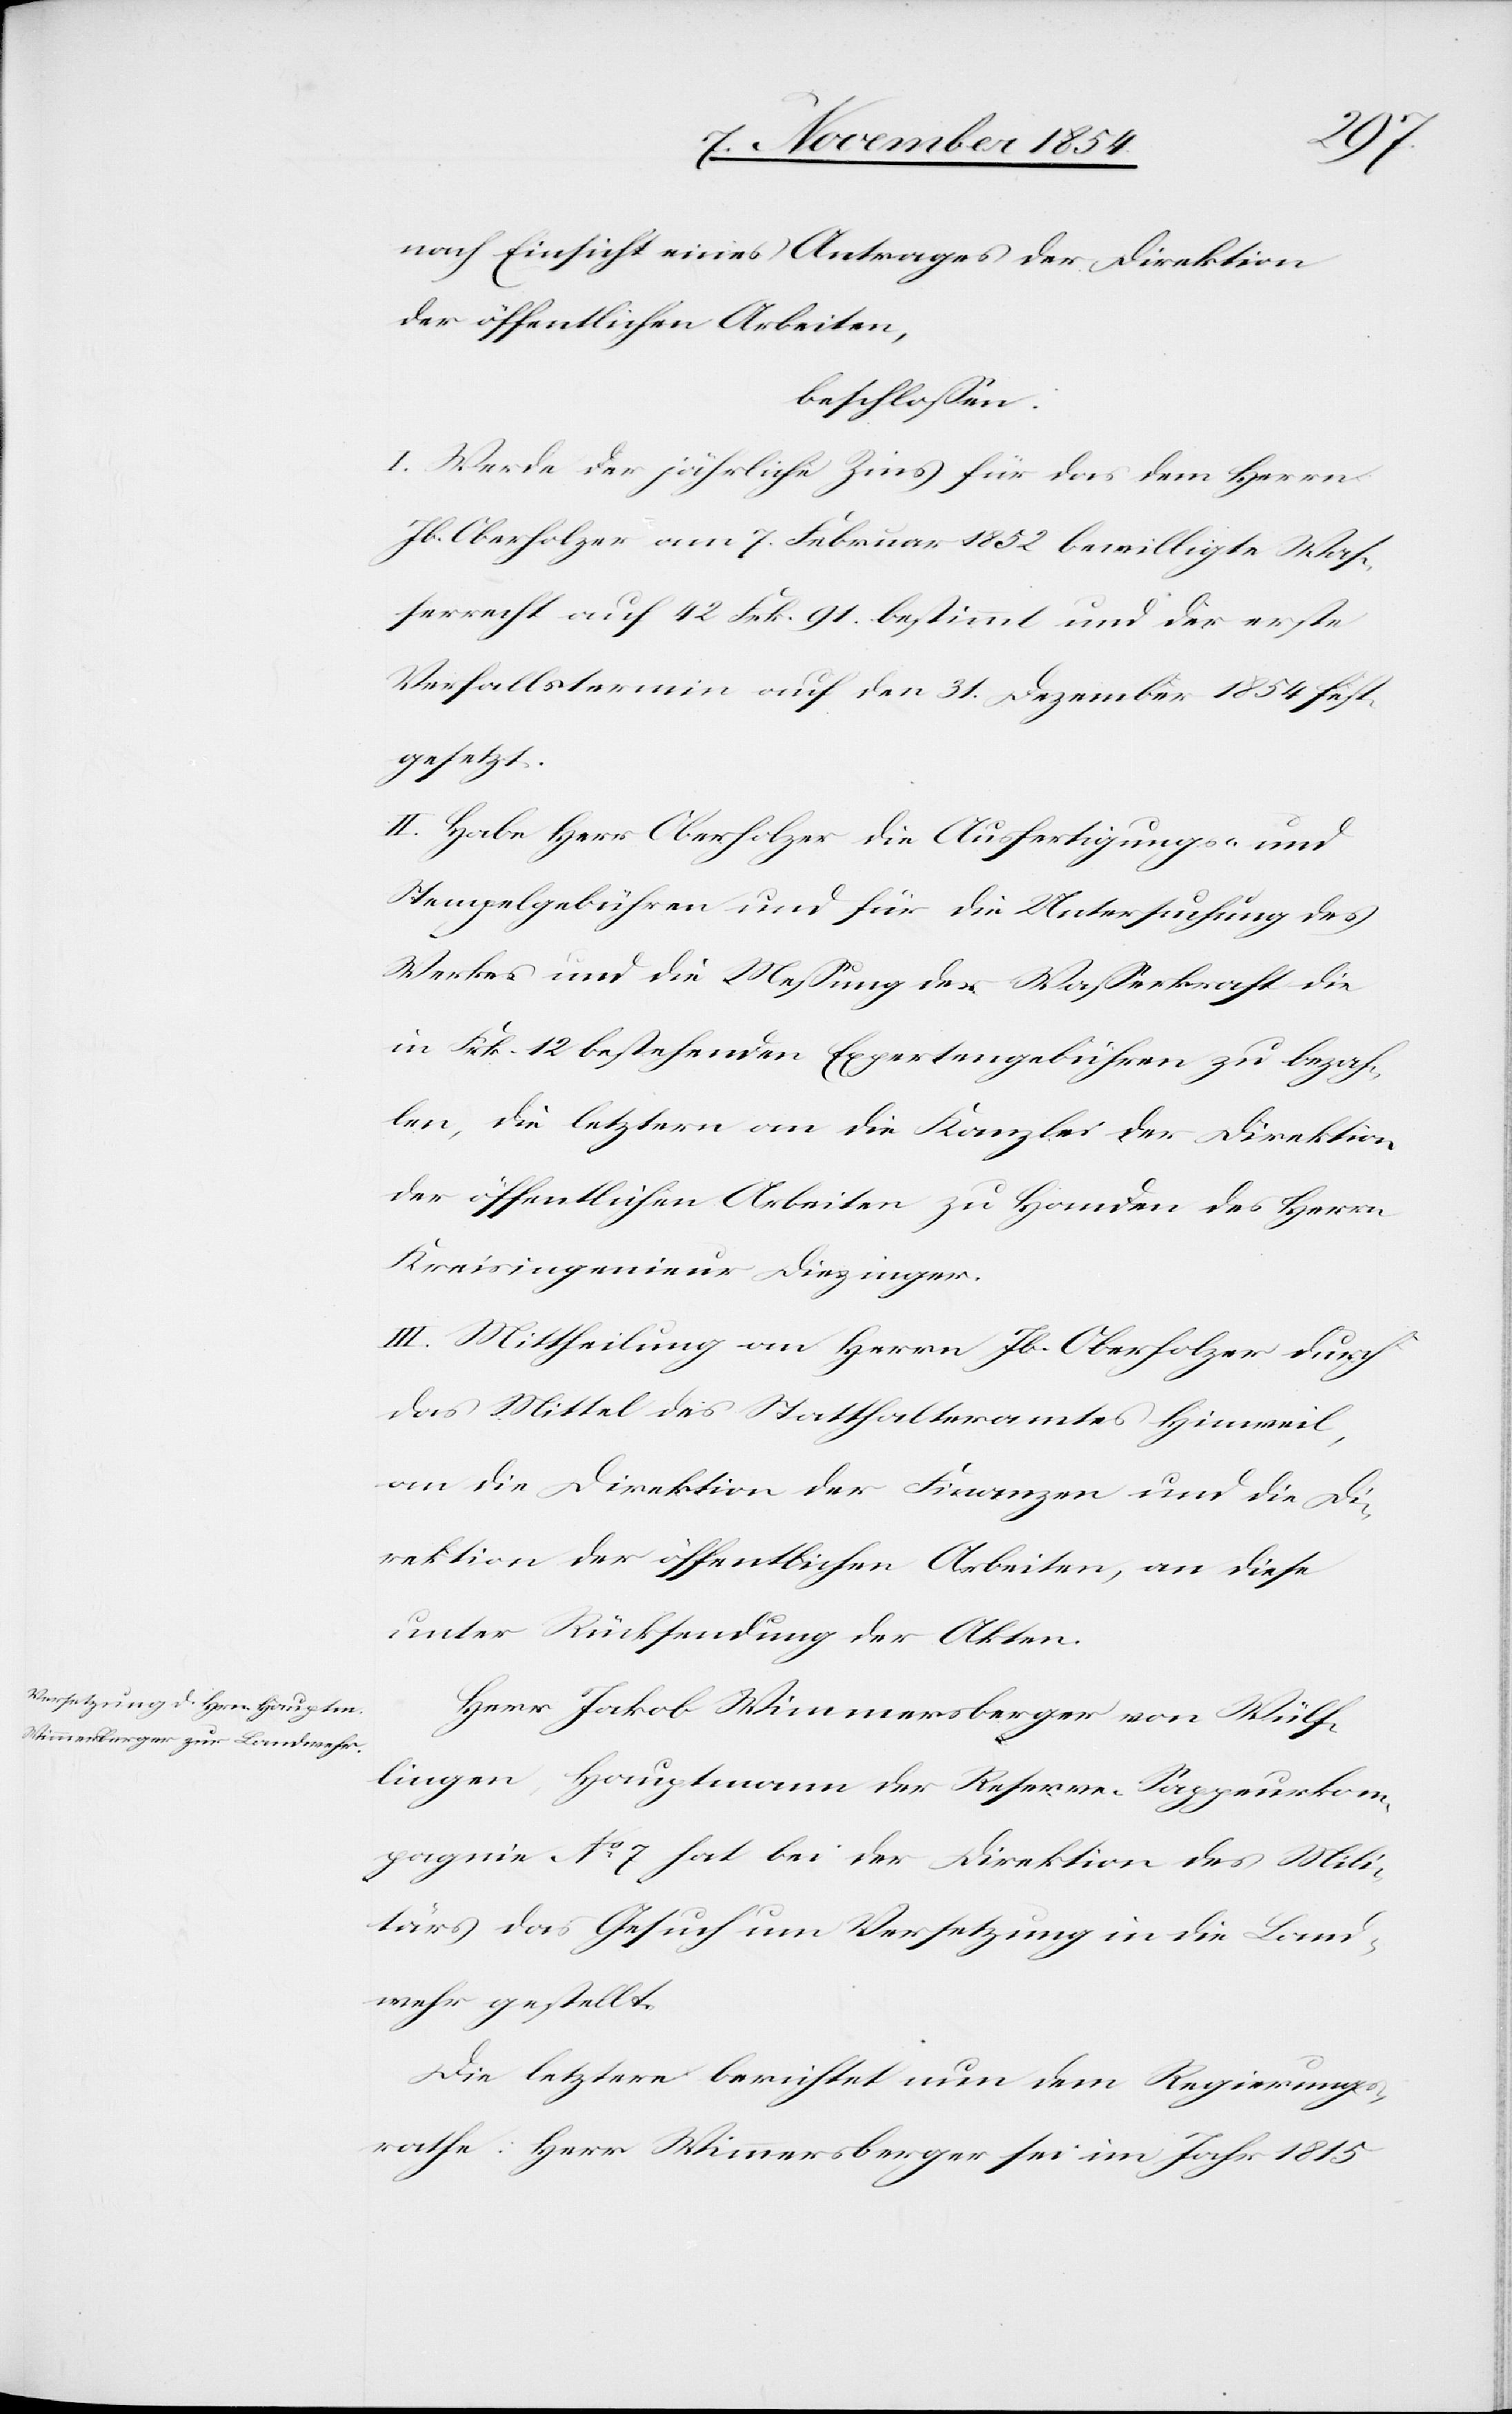
nach Einsicht eines Antrages der Direktion
der öffentlichen Arbeiten,
beschloßen:
I. Werde der jährliche Zins für das dem Herrn
Jb. Oberholzer am 7. Februar 1852 bewilligte Waß¬
errecht auf 42 Frk. 91. bestimmt und der erste
Verfallstermin auf den 31. Dezember 1854 fest¬
gesetzt.
II. Habe Herr Oberholzer die Ausfertigungs- und
Stempelgebühren und für die Untersuchung des
Werkes und die Meßung der Waßerkraft die
in Frk. 12 bestehenden Expertengebühren zu bezah¬
len, die letztern an die Kanzlei der Direktion
Kreisingenieur Diezinger.
III. Mittheilung an Herrn Jb. Oberholzer durch
das Mittel des Statthalteramtes Hinweil,
an die Direktion der Finanzen und die Di¬
rektion der öffentlichen Arbeiten, an diese
unter Rücksendung der Akten.
Herr Jakob Wimmersberger von Wülf¬
lingen, Hauptmann der Reserve-Sappeurkom¬
pagnie No 7 hat bei der Direktion des Mili¬
tärs das Gesuch um Versetzung in die Land¬
wehr gestellt.
Die letztere berichtet nun dem Regierungs¬
rathe: Herr Wimmersberger sei im Jahr 1815